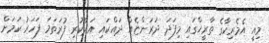
މިއީ އެމެރިކާގެ ތާރީޚްގައި މިފަދަ ދަރަންޏެއް ދައްކައި އަދާކުރި ފުރަތަމަ ފަހަރު ކަމަށް